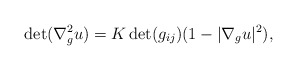
\begin{align*}\det(\nabla^2_{g}u)=K\det(g_{ij})(1-|\nabla_gu|^2), \end{align*}